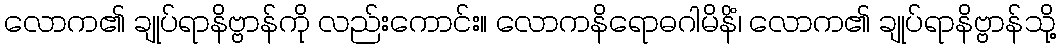
လောက၏ ချုပ်ရာနိဗ္ဗာန်ကို လည်းကောင်း။ လောကနိရောဓဂါမိနိံ၊ လောက၏ ချုပ်ရာနိဗ္ဗာန်သို့